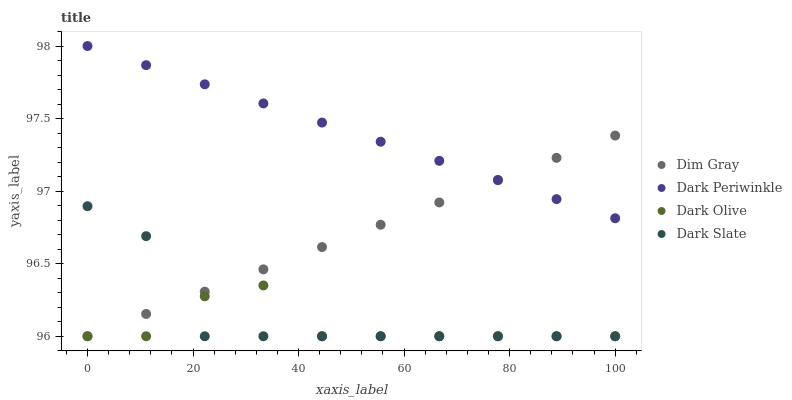
| xaxis_label | Dim Gray | Dark Periwinkle | Dark Olive | Dark Slate |
 | --- | --- | --- | --- | --- |
 | 0 | 96 | 98 | 96 | 96.9 |
 | 11.1 | 96.2 | 97.9 | 96 | 96.7 |
 | 22.2 | 96.3 | 97.7 | 96.3 | 96 |
 | 33.3 | 96.5 | 97.6 | 96.4 | 96 |
 | 44.4 | 96.6 | 97.5 | 96 | 96 |
 | 55.6 | 96.8 | 97.3 | 96 | 96 |
 | 66.7 | 96.9 | 97.2 | 96 | 96 |
 | 77.8 | 97.1 | 97.1 | 96 | 96 |
 | 88.9 | 97.2 | 96.9 | 96 | 96 |
 | 100 | 97.4 | 96.8 | 96 | 96 |